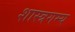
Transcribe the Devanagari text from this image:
शास्त्रगम्य